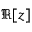
\Re [ z ]